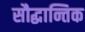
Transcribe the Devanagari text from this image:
सौद्धान्तिक